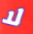
لا